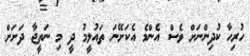
ހުރިހާ ކުދިންނަށް ވެސް އެންމެ އެކަށޭނަ ތައުލީމު ދީ މި ނަތީޖާ ދަށަށް